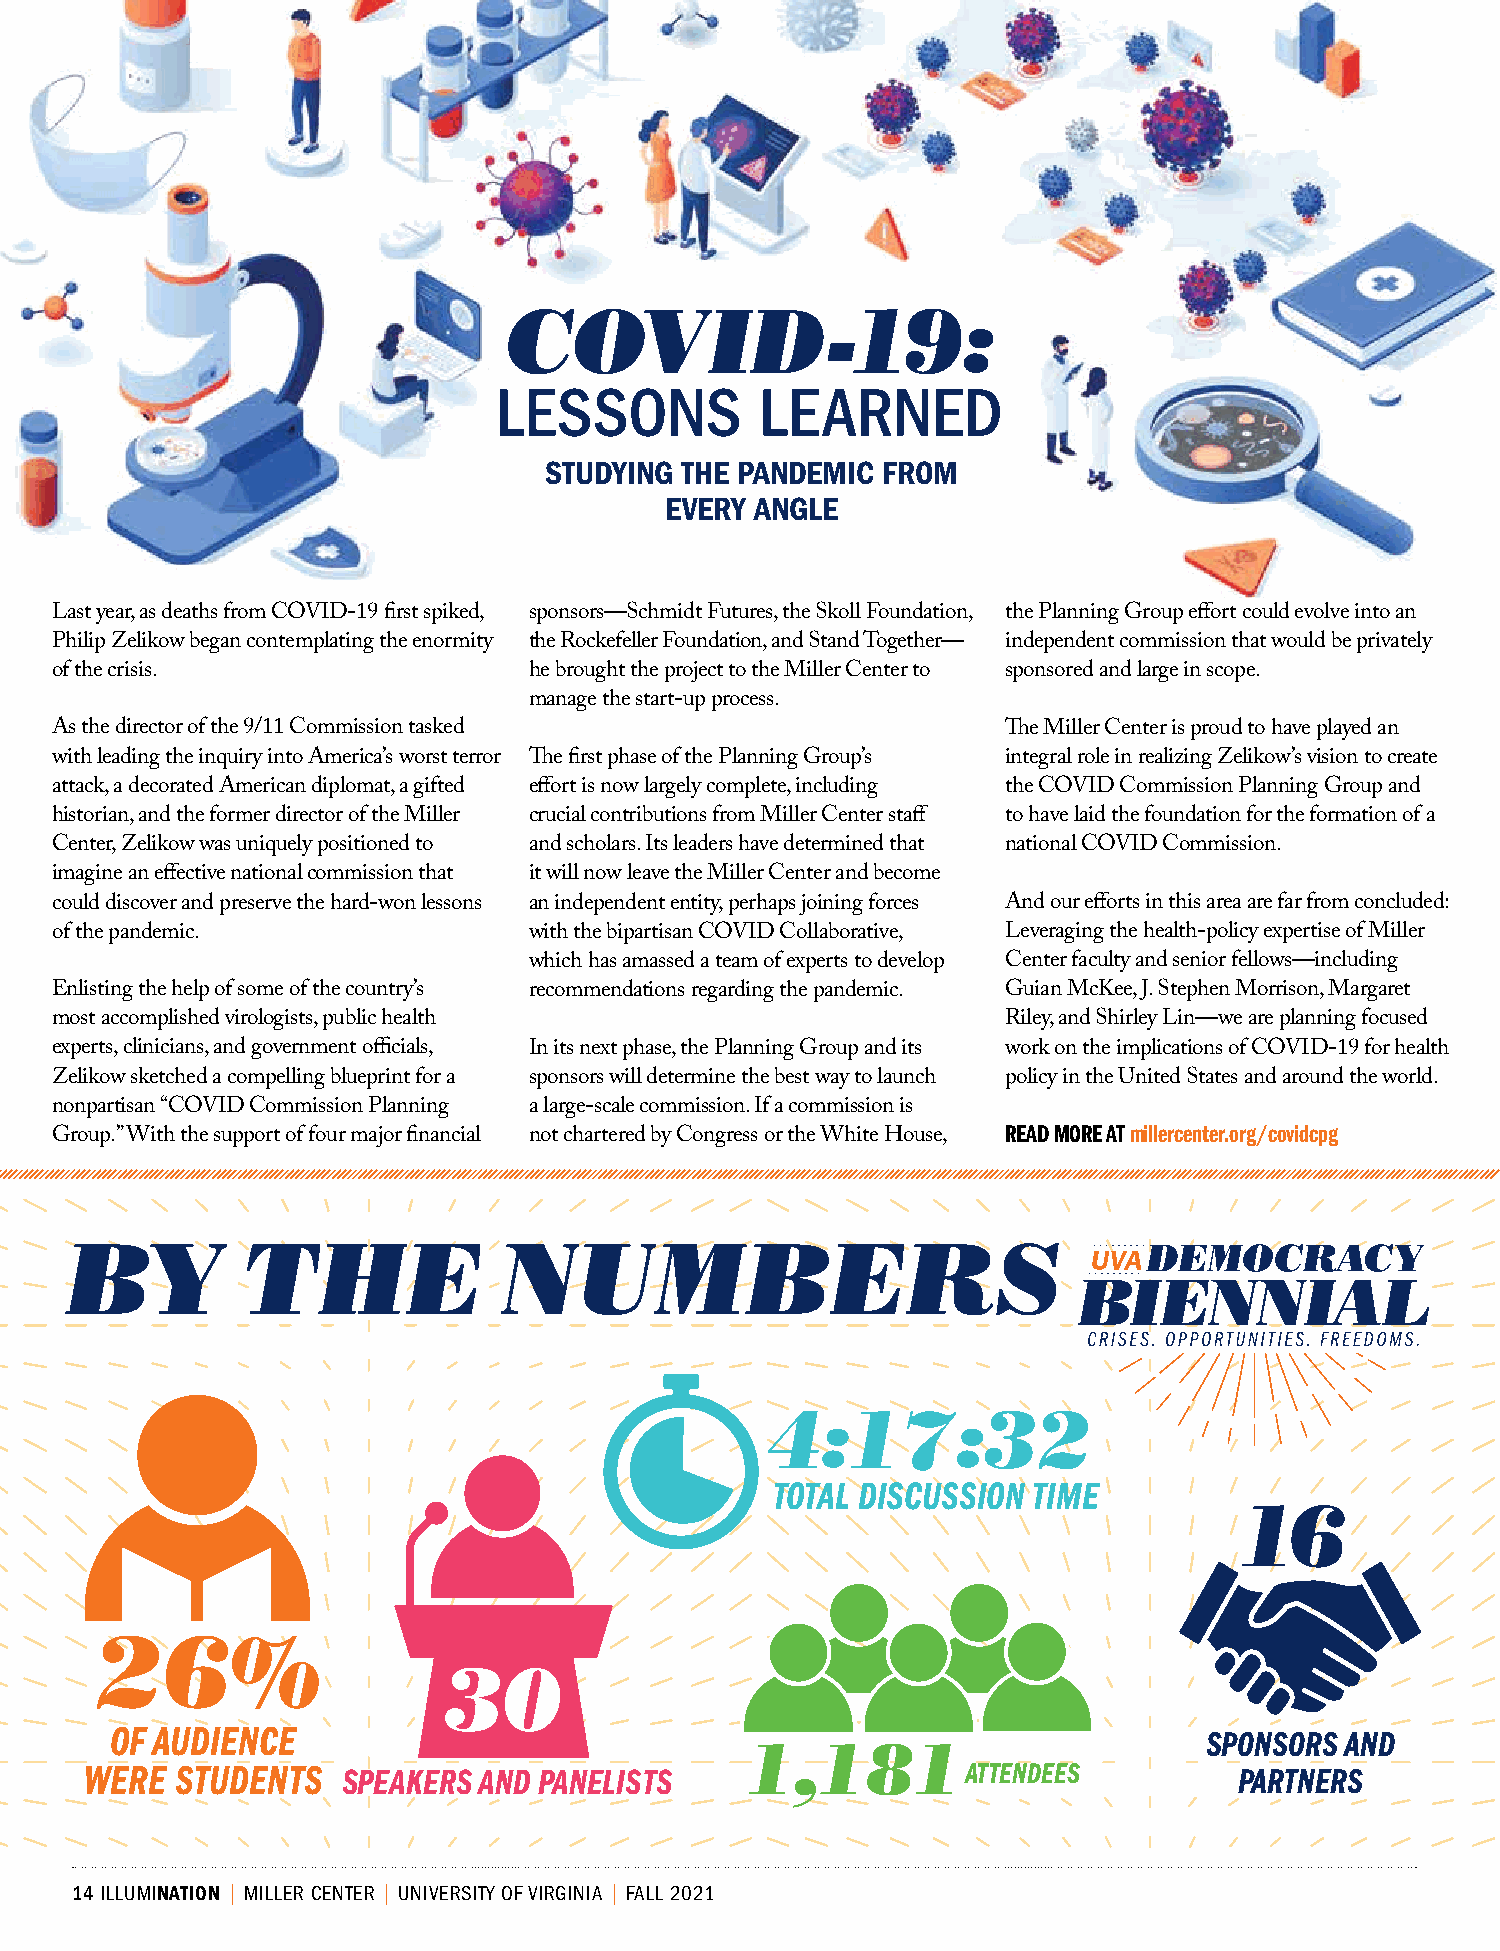
COVID-19:
 LESSONS          LEARNED
 STUDYING THE PANDEMIC FROM
 EVERY ANGLE
 Last year, as deaths from COVID-19 first spiked, sponsors—Schmidt Futures, the Skoll Foundation, the Planning Group effort could evolve into an
 Philip Zelikow began contemplating the enormity the Rockefeller Foundation, and Stand Together— independent commission that would be privately
 of the crisis.                  he brought the project to the Miller Center to sponsored and large in scope.
 manage the start-up process.
 As the director of the 9/11 Commission tasked                   The Miller Center is proud to have played an
 with leading the inquiry into America’s worst terror The first phase of the Planning Group’s integral role in realizing Zelikow’s vision to create
 attack, a decorated American diplomat, a gifted effort is now largely complete, including the COVID Commission Planning Group and
 historian, and the former director of the Miller crucial contributions from Miller Center staff to have laid the foundation for the formation of a
 Center, Zelikow was uniquely positioned to and scholars. Its leaders have determined that national COVID Commission.
 imagine an effective national commission that it will now leave the Miller Center and become
 could discover and preserve the hard-won lessons an independent entity, perhaps joining forces And our efforts in this area are far from concluded:
 of the pandemic.                with the bipartisan COVID Collaborative, Leveraging the health-policy expertise of Miller
 which has amassed a team of experts to develop Center faculty and senior fellows—including
 Enlisting the help of some of the country’s recommendations regarding the pandemic. Guian McKee, J. Stephen Morrison, Margaret
 most accomplished virologists, public health                    Riley, and Shirley Lin—we are planning focused
 experts, clinicians, and government officials, In its next phase, the Planning Group and its work on the implications of COVID-19 for health
 Zelikow sketched a compelling blueprint for a sponsors will determine the best way to launch policy in the United States and around the world.
 nonpartisan “COVID Commission Planning a large-scale commission. If a commission is
 READ MORE AT millercenter.org/covidcpg
 Group.” With the support of four major financial not chartered by Congress or the White House,
 BY          THE              NUMBERS
 4:17:32
 TOTAL DISCUSSION TIME
 16
 26%
 30
 OF AUDIENCE                                                              SPONSORS AND
 1,181
 WERE  STUDENTS   SPEAKERS AND PANELISTS                   ATTENDEES         PARTNERS
 14 ILLUMINATION | MILLER CENTER | UNIVERSITY OF VIRGINIA | FALL 2021